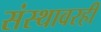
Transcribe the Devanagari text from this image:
संस्थावरही